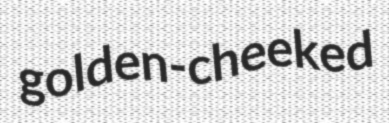
golden-cheeked